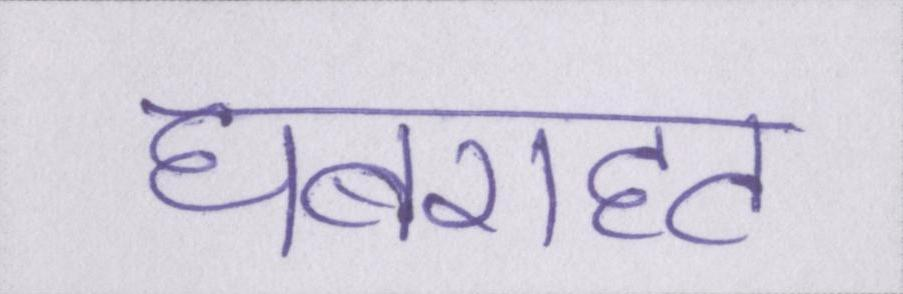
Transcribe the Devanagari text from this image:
घबराहट